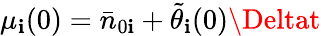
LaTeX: \mu_{\mathbf{i}}(0)=\bar{{n}}_{0\mathbf{i}}+\tilde{{\theta}}_{\mathbf{i}}(0)\Deltat